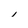
Character: I